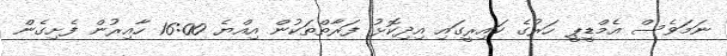
ނަމަވެސް އެމްޑީޕީ ހަރުގެ ކައިރީގައި އިދިކޮޅު ފަރާތްތަކުން އިއްޔެ 16:00 ހާއިރުން ފެށިގެން